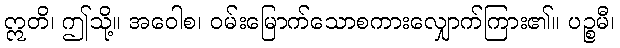
ဣတိ၊ ဤသို့။ အဝေါစ၊ ဝမ်းမြောက်သောစကားလျှောက်ကြား၏။ ပဉ္စမီ၊